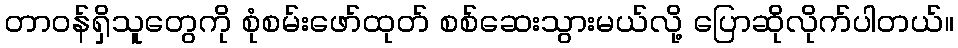
တာဝန်ရှိသူတွေကို စုံစမ်းဖော်ထုတ် စစ်ဆေးသွားမယ်လို့ ပြောဆိုလိုက်ပါတယ်။